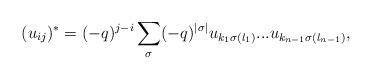
LaTeX: \begin{align*}(u_{ij})^{\ast}=(-q)^{j-i}\sum\limits_{\sigma}(-q)^{|\sigma|}u_{k_1\sigma(l_1)}...u_{k_{n-1}\sigma(l_{n-1})},\end{align*}